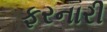
ફરનારી